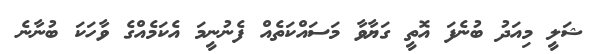
ޝަލީ މިއަދު ބުނެފަ އޮތީ ގަޔާވާ މަސައްކަތެއް ފެނުނީމަ އެކަމެއްގެ ވާހަކަ ބުނާނެ